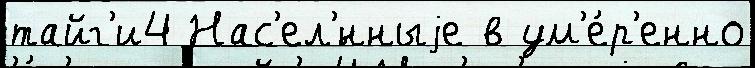
тайг'и4 Нас'ел'́нныjе в ум'е́р'енно